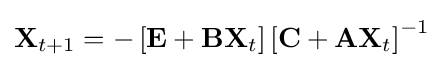
\mathbf {X} _{t+1}=-\left[\mathbf {E} +\mathbf {B} \mathbf {X} _{t}\right]\left[\mathbf {C} +\mathbf {A} \mathbf {X} _{t}\right]^{-1}